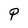
Character: P